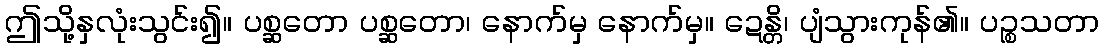
ဤသို့နှလုံးသွင်း၍။ ပစ္ဆတော ပစ္ဆတော၊ နောက်မှ နောက်မှ။ ဍေန္တိ၊ ပျံသွားကုန်၏။ ပဉ္စသတာ